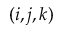
( i , j , k )